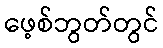
ဖေ့စ်ဘွတ်တွင်